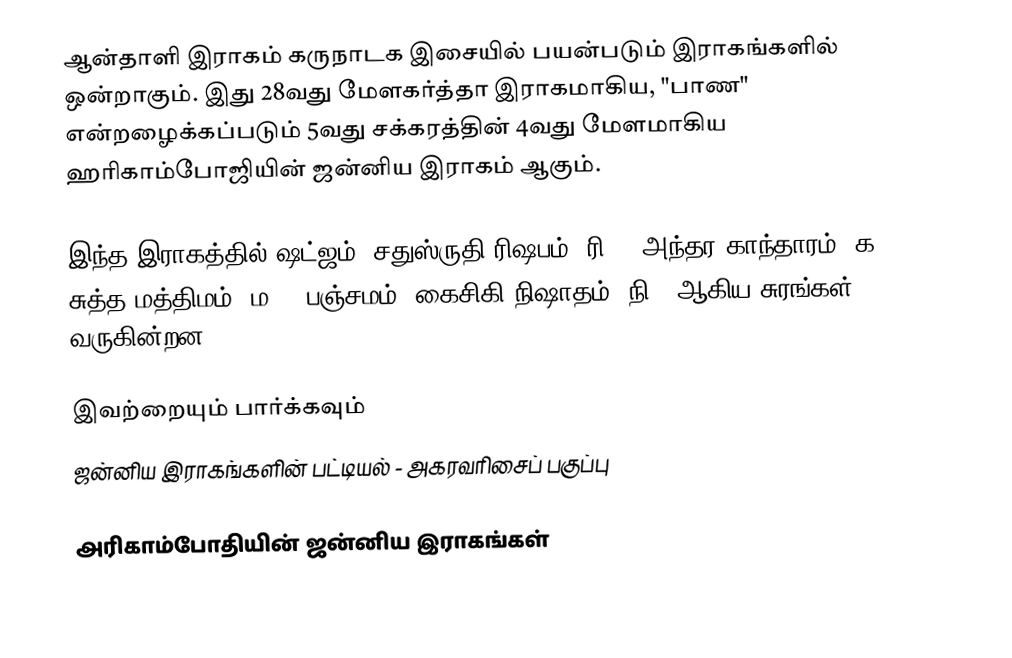
ஆன்தாளி இராகம் கருநாடக இசையில் பயன்படும் இராகங்களில் ஒன்றாகும். இது 28வது மேளகர்த்தா இராகமாகிய, "பாண" என்றழைக்கப்படும் 5வது சக்கரத்தின் 4வது மேளமாகிய ஹரிகாம்போஜியின் ஜன்னிய இராகம் ஆகும்.

இந்த இராகத்தில் ஷட்ஜம், சதுஸ்ருதி ரிஷபம் (ரி2),  அந்தர காந்தாரம் (க3), சுத்த மத்திமம் (ம1), பஞ்சமம், கைசிகி நிஷாதம்  (நி2) ஆகிய சுரங்கள் வருகின்றன.

இவற்றையும் பார்க்கவும்
 ஜன்னிய இராகங்களின் பட்டியல் - அகரவரிசைப் பகுப்பு

அரிகாம்போதியின் ஜன்னிய இராகங்கள்